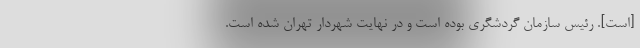
[است]. رئیس سازمان گردشگری بوده است و در نهایت شهردار تهران شده است.